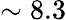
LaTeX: \sim 8.3